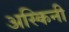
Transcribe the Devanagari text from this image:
अस्किनी